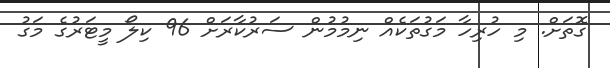
ގޮތަށް. މި ހުރިހާ މަގުތަކެއް ނިމުމުން ސަރުކާރަށް 96 ކިލޯ މީޓަރުގެ މަގު